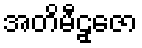
အတိမီဠှဇော